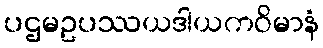
ပဌမဥပဿယဒါယကဝိမာနံ